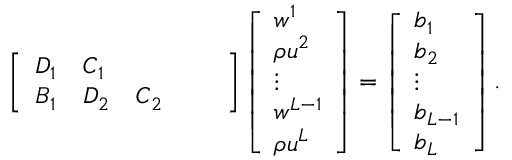
\left[ \begin{array} { l l l l l } { \boldsymbol { D } _ { 1 } } & { \boldsymbol { C } _ { 1 } } & { } & { } & { } \\ { \boldsymbol { B } _ { 1 } } & { \boldsymbol { D } _ { 2 } } & { \boldsymbol { C } _ { 2 } } & { } & { } \end{array} \right] \left[ \begin{array} { l } { \boldsymbol { w } ^ { 1 } } \\ { \boldsymbol { \rho u } ^ { 2 } } \\ { \boldsymbol { \vdots } } \\ { \boldsymbol { w } ^ { L - 1 } } \\ { \boldsymbol { \rho u } ^ { L } } \end{array} \right] = \left[ \begin{array} { l } { \boldsymbol { b } _ { 1 } } \\ { \boldsymbol { b } _ { 2 } } \\ { \boldsymbol { \vdots } } \\ { \boldsymbol { b } _ { L - 1 } } \\ { \boldsymbol { b } _ { L } } \end{array} \right] .